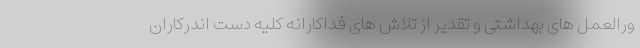
ورالعمل های بهداشتی و تقدیر از تلاش های فداکارانه کلیه دست اندرکاران